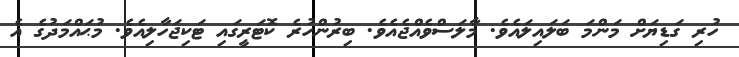
ހުރި ގަޑިޔަށް މަންމަ ބަލައިލައެވެ. މާލަސްވެއްޖެއެވެ. ބިރުންހުރެ ކޮޓަރީގައި ޓަކިޖަހާލިއެވެ. މުޙައްމަދުގެ އެ